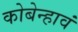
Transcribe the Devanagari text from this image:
कोबेन्हावं